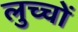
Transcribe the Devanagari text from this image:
लुच्चों